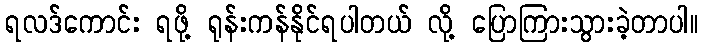
ရလဒ်ကောင်း ရဖို့ ရုန်းကန်နိုင်ရပါတယ် လို့ ပြောကြားသွားခဲ့တာပါ။